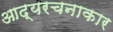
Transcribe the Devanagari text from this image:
आद्यरचनाकार